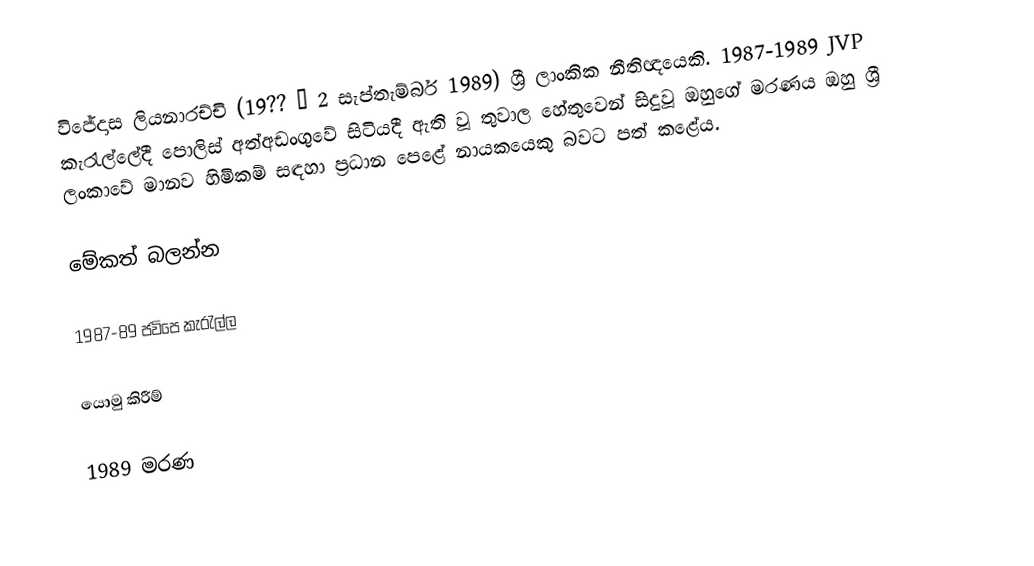
විජේදාස ලියනාරච්චි (19?? – 2 සැප්තැම්බර් 1989) ශ්‍රී ලාංකික නීතිඥයෙකි. 1987-1989 JVP කැරැල්ලේදී පොලිස් අත්අඩංගුවේ සිටියදී ඇති වූ තුවාල හේතුවෙන් සිදුවූ ඔහුගේ මරණය ඔහු ශ්‍රී ලංකාවේ මානව හිමිකම් සඳහා ප්‍රධාන පෙළේ නායකයෙකු බවට පත් කළේය.

මේකත් බලන්න

 1987-89 ජවිපෙ කැරැල්ල

යොමු කිරීම්

1989 මරණ